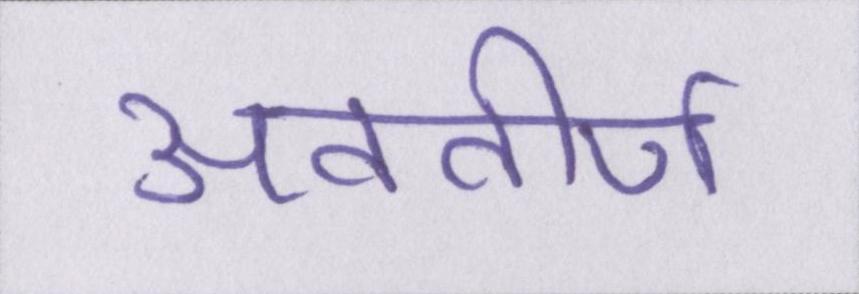
अवतीर्ण